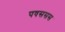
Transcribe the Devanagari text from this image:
पषससस